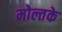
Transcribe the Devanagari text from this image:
मोल्तके